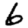
Digit: 6